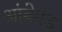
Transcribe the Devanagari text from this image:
आंबेगड